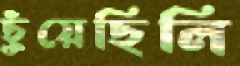
ছুঁয়েছিলি